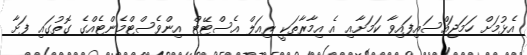
އެޅުމަށް ހަމަޖައްސައިފައިވާ ކަމަށާއި އެ އިމާރާތަކީ ރިއަލް އެސްޓޭޓް އިންވެސްޓްމެންޓެއްގެ ގޮތުގައި ފަށާ